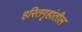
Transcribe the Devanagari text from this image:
हरितगृहांतील